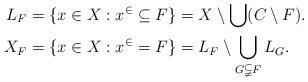
LaTeX: \begin{align*} L_F&=\{x \in X: x^\in\subseteq F\}=X \setminus \bigcup(C \setminus F).\\ X_F&=\{x \in X: x^\in = F\}=L_F\setminus\bigcup_{G\subsetneqq F}L_G. \end{align*}